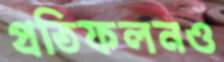
প্রতিফলনও